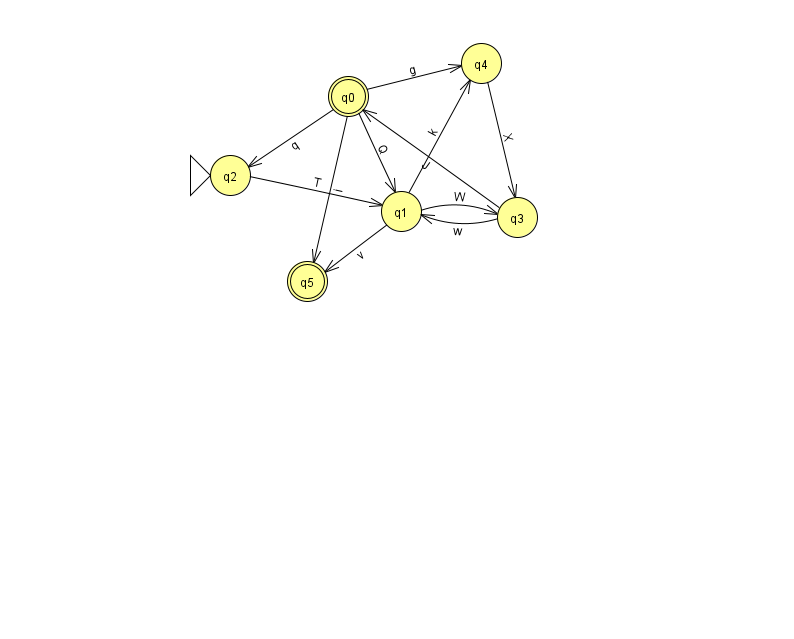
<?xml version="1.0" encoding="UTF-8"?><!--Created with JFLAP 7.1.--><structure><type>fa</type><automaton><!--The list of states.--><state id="0" name="q0"><x>348.0</x><y>83.0</y><final/></state><state id="1" name="q1"><x>401.0</x><y>198.0</y></state><state id="2" name="q2"><x>230.0</x><y>162.0</y><initial/></state><state id="3" name="q3"><x>517.0</x><y>204.0</y></state><state id="4" name="q4"><x>481.0</x><y>50.0</y></state><state id="5" name="q5"><x>307.0</x><y>268.0</y><final/></state><!--The list of transitions.--><transition><from>1</from><to>4</to><read>k</read></transition><transition><from>3</from><to>0</to><read>J</read></transition><transition><from>4</from><to>3</to><read>X</read></transition><transition><from>0</from><to>4</to><read>g</read></transition><transition><from>1</from><to>3</to><read>W</read></transition><transition><from>2</from><to>1</to><read>T</read></transition><transition><from>3</from><to>1</to><read>w</read></transition><transition><from>0</from><to>5</to><read>i</read></transition><transition><from>0</from><to>1</to><read>Q</read></transition><transition><from>0</from><to>2</to><read>q</read></transition><transition><from>1</from><to>5</to><read>v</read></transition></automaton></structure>